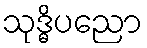
သုဒ္ဓိပညော